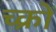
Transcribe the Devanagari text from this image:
च्क्रों